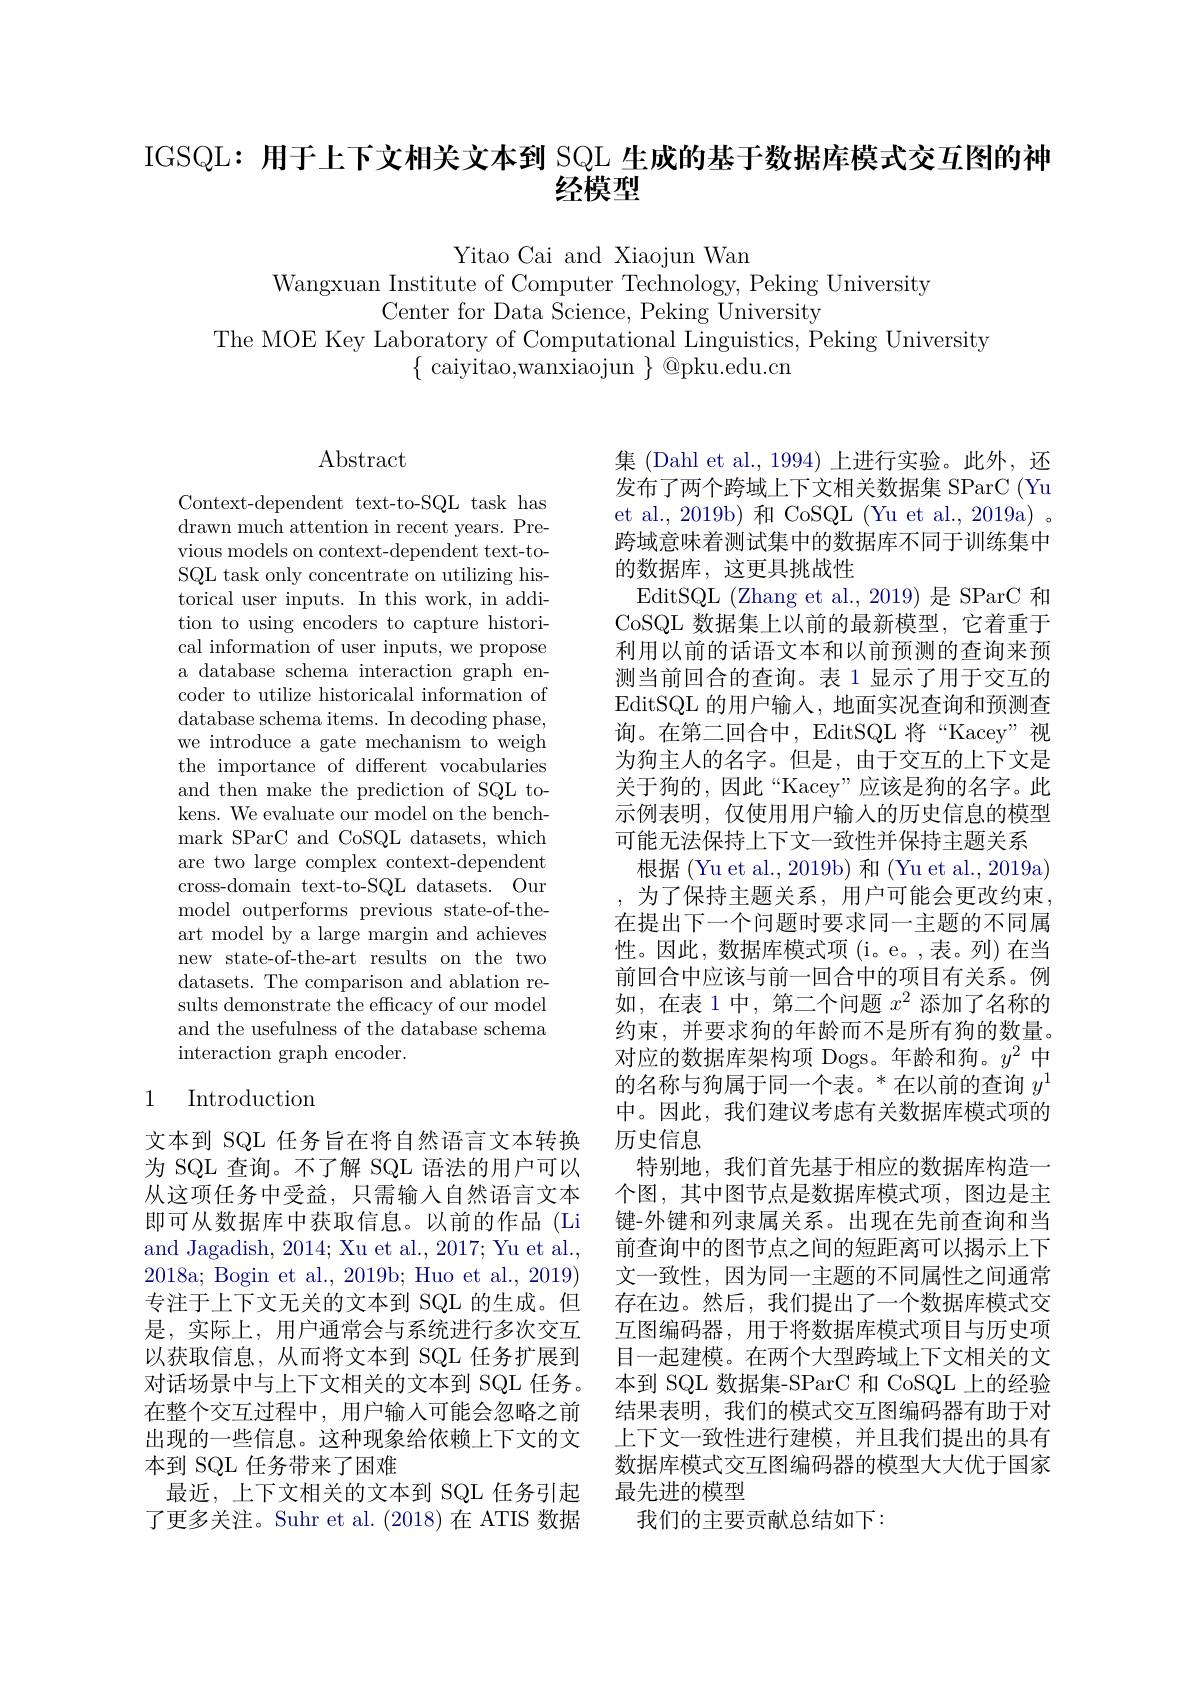
IGSQL: 用于上下文相关文本到 SQL 生成的基于数据库模式交互图的神
# 经模型

Yitao Cai and Xiaojun Wan

Wangxuan Institute of Computer Technology, Peking University
Center for Data Science, Peking University
The MOE Key Laboratory of Computational Linguistics, Peking University
$\{$ caiyitao,wanxiaojun $\}$ @pku.edu.cn

Abstract

Context-dependent text-to-SQL task has drawn much attention in recent years. Previous models on context-dependent text-toSQL task only concentrate on utilizing historical user inputs. In this work, in addition to using encoders to capture historical information of user inputs, we propose a database schema interaction graph encoder to utilize historicalal information of database schema items. In decoding phase, we introduce a gate mechanism to weigh the importance of different vocabularies and then make the prediction of SQL tokens. We evaluate our model on the benchmark SParC and CoSQL datasets, which are two large complex context-dependent cross-domain text-to-SQL datasets. Our model outperforms previous state-of-theart model by a large margin and achieves new state-of-the-art results on the two datasets. The comparison and ablation results demonstrate the effcacy of our model and the usefulness of the database schema interaction graph encoder.

# 1 Introduction

文本到 SQL 任务旨在将自然语言文本转换为 SQL 查询。不了解 SQL 语法的用户可以从这项任务中受益，只需输入自然语言文本即可从数据库中获取信息。以前的作品 (Li and Jagadish, 2014; Xu et al., 2017; Yu et al., 2018a; Bogin et al., 2019b; Huo et al., 2019) 专注于上下文无关的文本到 SQL 的生成。但是，实际上，用户通常会与系统进行多次交互以获取信息，从而将文本到 SQL 任务扩展到对话场景中与上下文相关的文本到 SQL 任务。在整个交互过程中，用户输入可能会忽略之前出现的一些信息。这种现象给依赖上下文的文本到 SQL 任务带来了困难
最近，上下文相关的文本到 SQL 任务引起了更多关注。Suhr et al. (2018) 在 ATIS 数据

集 (Dahl et al., 1994) 上进行实验。此外，还发布了两个跨域上下文相关数据集 SParC (Yu et al., 2019b) 和 CoSQL (Yu et al., 2019a) 。跨域意味着测试集中的数据库不同于训练集中的数据库，这更具挑战性
EditSQL (Zhang et al., 2019) 是 SParC 和CoSQL 数据集上以前的最新模型，它着重于利用以前的话语文本和以前预测的查询来预测当前回合的查询。表 1 显示了用于交互的EditSQL 的用户输入，地面实况查询和预测查询。在第二回合中，EditSQL 将“Kacey”视为狗主人的名字。但是，由于交互的上下文是关于狗的，因此“Kacey”应该是狗的名字。此示例表明，仅使用用户输入的历史信息的模型可能无法保持上下文一致性并保持主题关系
根据 (Yu et al., 2019b) 和 (Yu et al., 2019a) , 为了保持主题关系，用户可能会更改约束， 在提出下一个问题时要求同一主题的不同属性。因此，数据库模式项(i。e。,表。列)在当前回合中应该与前一回合中的项目有关系。例如，在表 1 中，第二个问题$x^2$添加了名称的约束，并要求狗的年龄而不是所有狗的数量。对应的数据库架构项 Dogs。年龄和狗。$y^2$中的名称与狗属于同一个表。* 在以前的查询$y^{1}$ 中。因此，我们建议考虑有关数据库模式项的历史信息
特别地，我们首先基于相应的数据库构造一个图，其中图节点是数据库模式项，图边是主键-外键和列隶属关系。出现在先前查询和当前查询中的图节点之间的短距离可以揭示上下文一致性，因为同一主题的不同属性之间通常存在边。然后，我们提出了一个数据库模式交互图编码器，用于将数据库模式项目与历史项目一起建模。在两个大型跨域上下文相关的文本到 SQL 数据集-SParC 和 CoSQL 上的经验结果表明，我们的模式交互图编码器有助于对上下文一致性进行建模，并且我们提出的具有数据库模式交互图编码器的模型大大优于国家最先进的模型
我们的主要贡献总结如下：